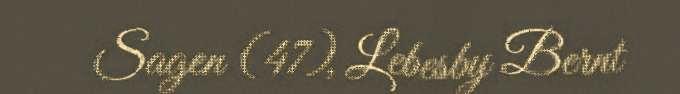
Sagen (47), Lebesby Bernt